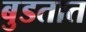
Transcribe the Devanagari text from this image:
बुडतात